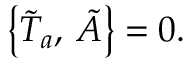
\bigl \{ \tilde { T } _ { a } , \, \tilde { A } \bigr \} = 0 .